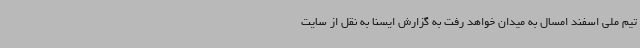
تیم ملی اسفند امسال به میدان خواهد رفت به گزارش ایسنا به نقل از سایت